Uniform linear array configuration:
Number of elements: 64
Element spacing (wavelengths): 0.5
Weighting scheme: blackman
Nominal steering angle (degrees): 15
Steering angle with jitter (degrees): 14.242
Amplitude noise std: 0.05
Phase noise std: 0.05

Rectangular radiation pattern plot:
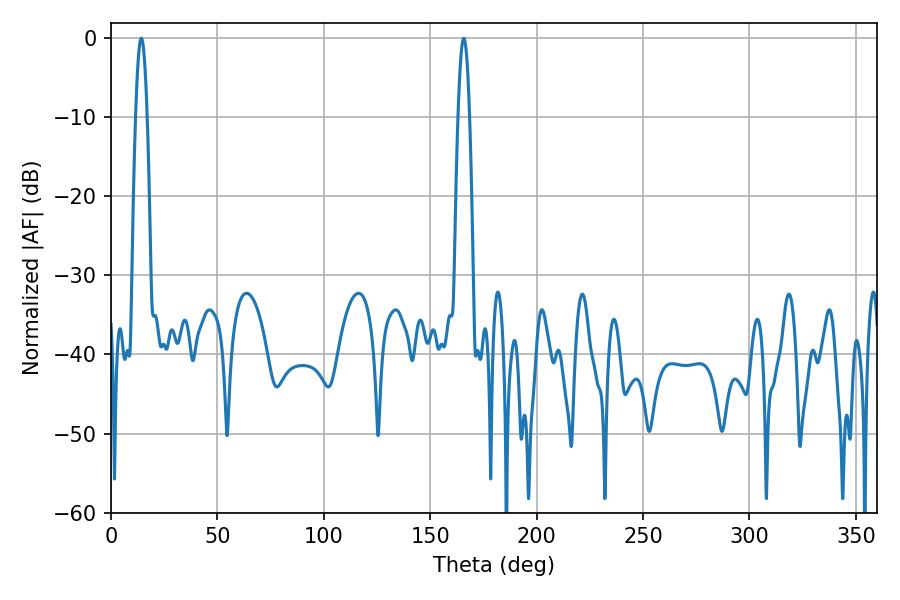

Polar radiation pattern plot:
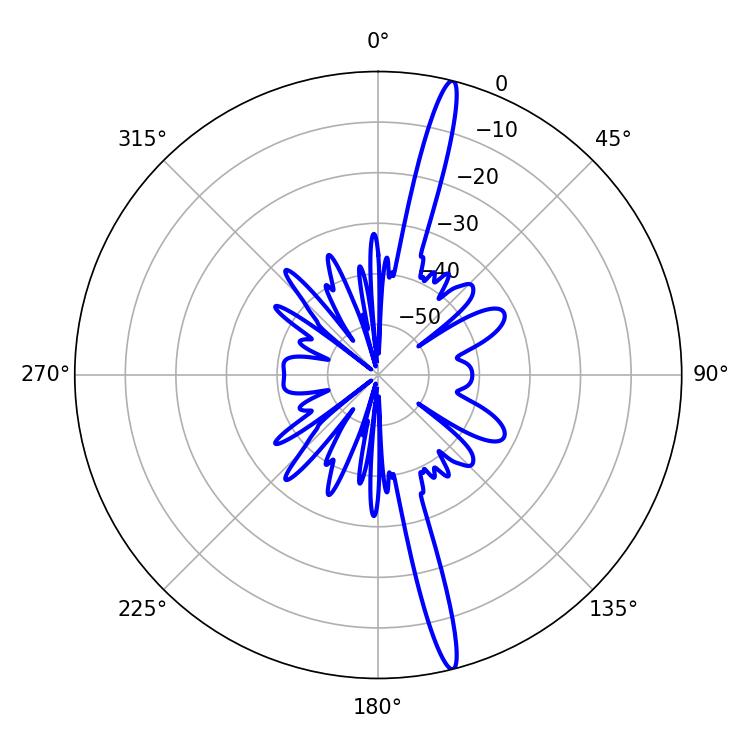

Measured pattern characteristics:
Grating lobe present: FALSE
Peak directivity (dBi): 18.52
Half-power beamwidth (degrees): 2.88
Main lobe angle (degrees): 14.22